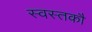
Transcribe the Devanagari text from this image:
स्वस्तकौ